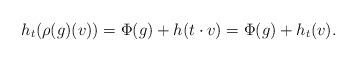
LaTeX: \begin{align*}h_t(\rho(g)(v))=\Phi(g)+h(t\cdot v)=\Phi(g)+h_t(v).\end{align*}